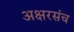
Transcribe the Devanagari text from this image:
अक्षरसंच